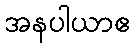
အနပါယာဧ